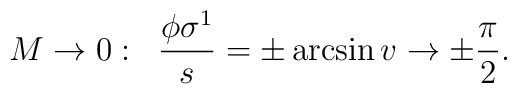
M\rightarrow 0:\;\;\frac{\phi \sigma^1}{s}=\pm \arcsin v \rightarrow \pm \frac{\pi}{2}.